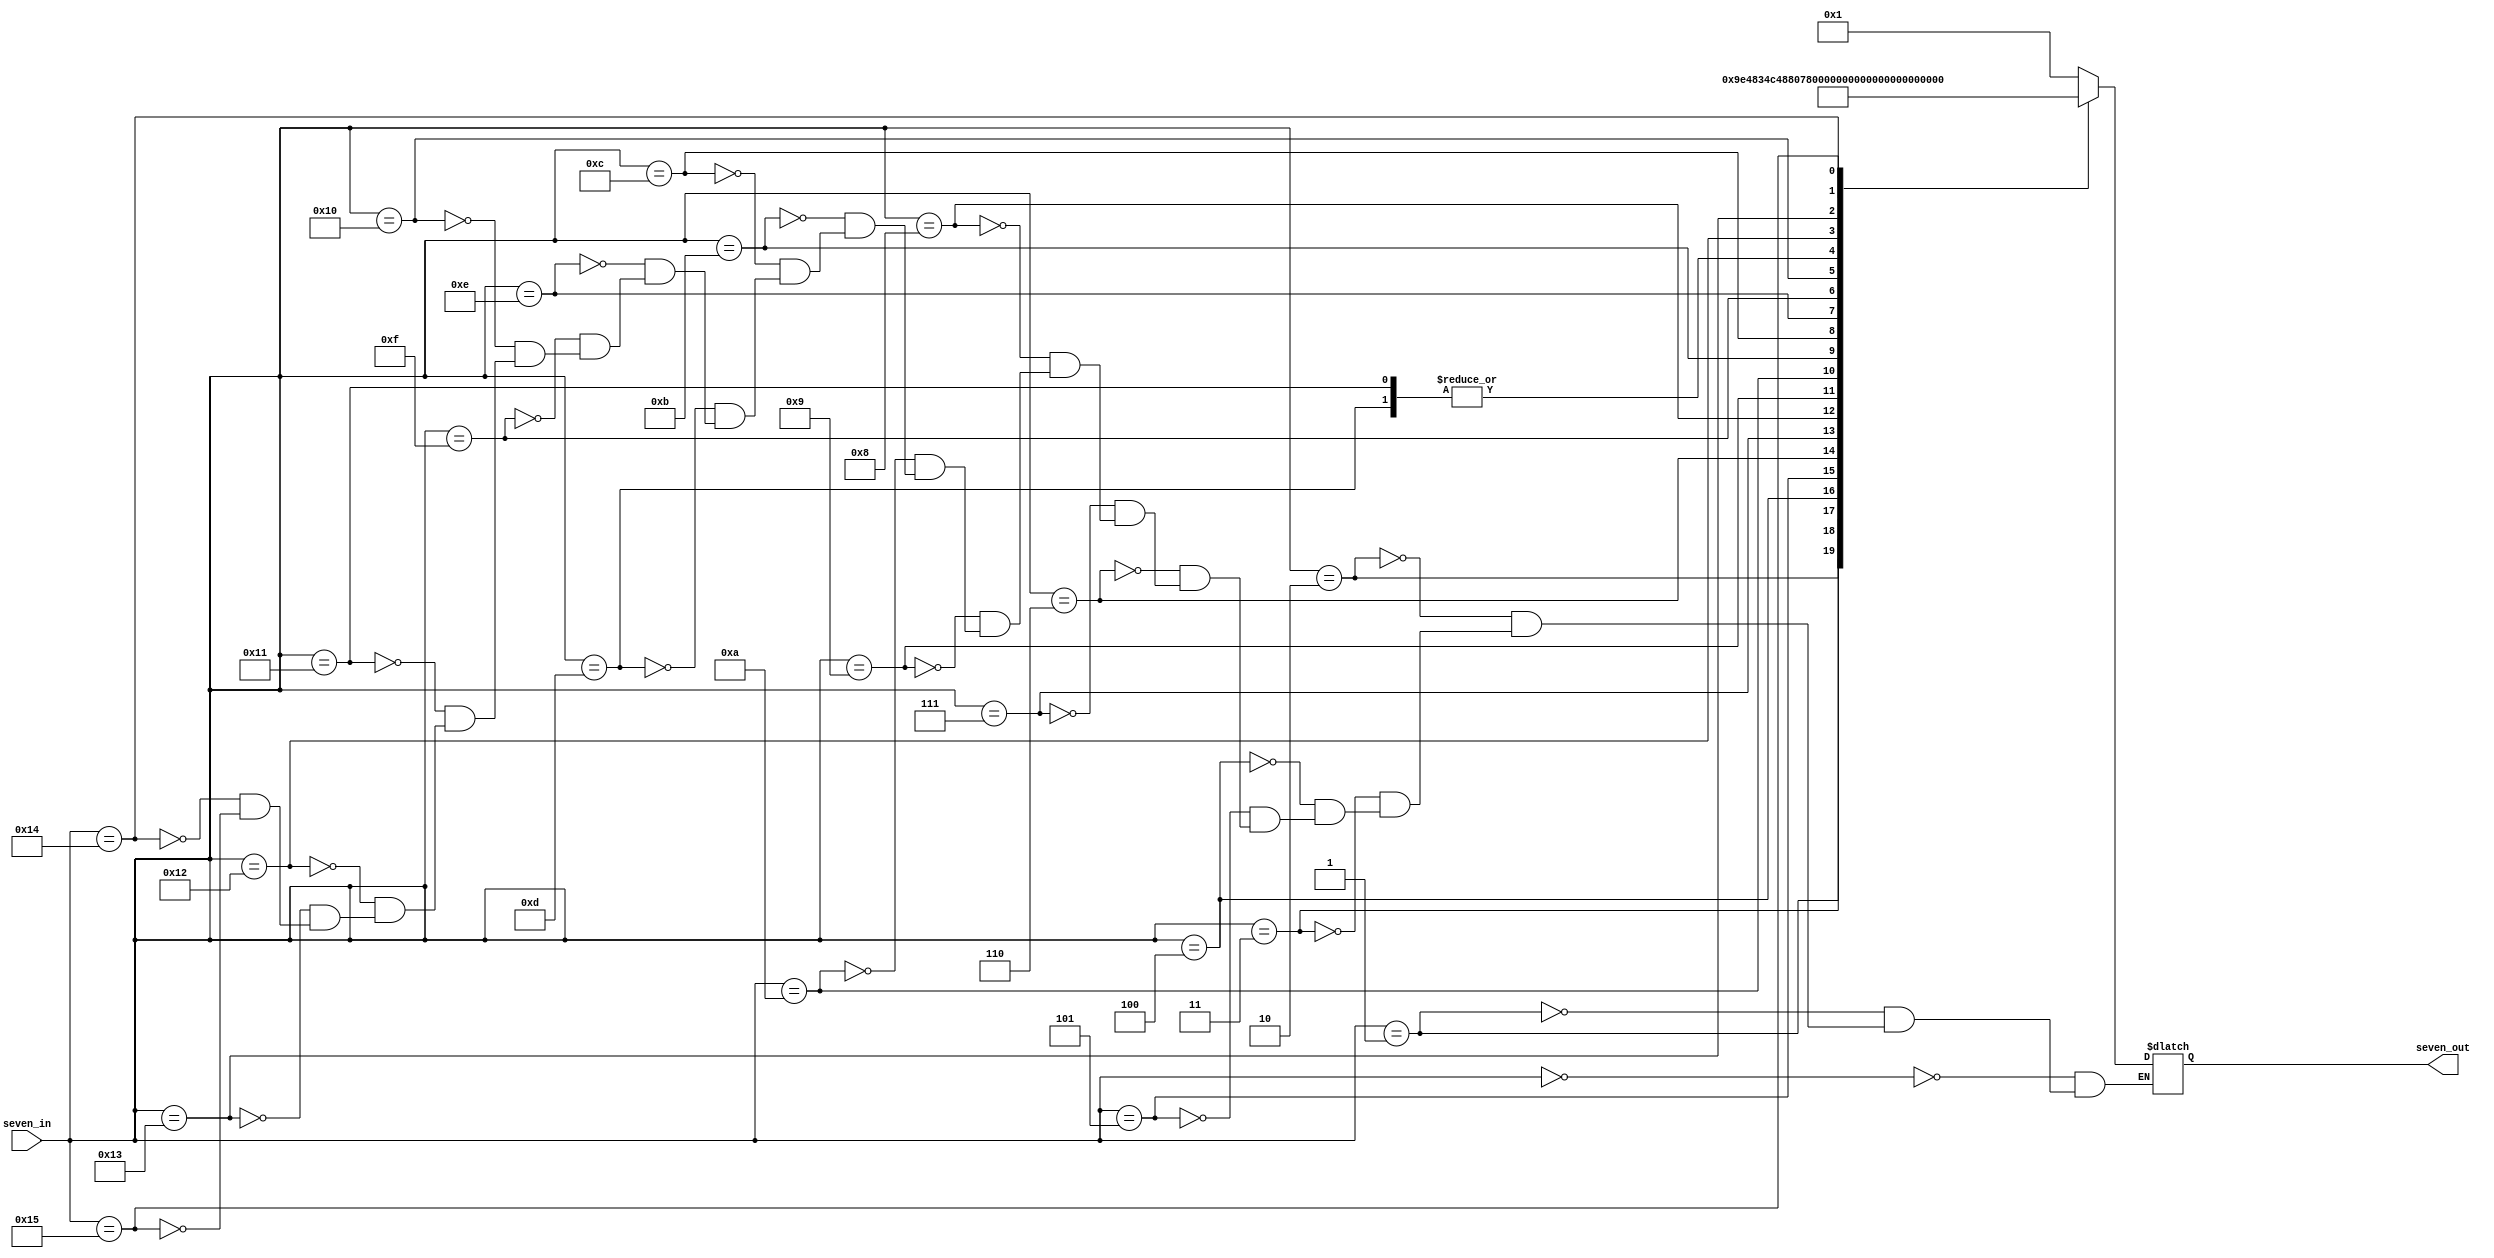
`timescale 1ns / 1ps
//////////////////////////////////////////////////////////////////////////////////
// Company: 
// Engineer: 
// 
// Design Name: 
// Module Name:    binary_to_segment 
// Project Name: 
// Target Devices: 
// Tool versions: 
// Description: 
//
// Dependencies: 
//
// Revision: 
// Revision 0.01 - File Created
// Additional Comments: 
//
//////////////////////////////////////////////////////////////////////////////////
module binaryToSegment( seven_in, seven_out);

input [4:0] seven_in;
output [6:0] seven_out ;
reg [6:0] temp;

always @ (seven_in)
	begin
		case (seven_in)
			5'b00000: temp = 7'b0000001; // "0/O"     
			5'b00001: temp = 7'b1001111; // "1" 
			5'b00010: temp = 7'b0010010; // "2" 
			5'b00011: temp = 7'b0000110; // "3" 
			5'b00100: temp = 7'b1001100; // "4" 
			5'b00101: temp = 7'b0100100; // "5" 
			5'b00110: temp = 7'b0100000; // "6" 
			5'b00111: temp = 7'b0001111; // "7" 
			5'b01000: temp = 7'b0000000; // "8"     
			5'b01001: temp = 7'b0000100; // "9" 
			5'b01010: temp = 7'b0001000; // "A" 
			5'b01011: temp = 7'b1100000; // "B" 
			5'b01100: temp = 7'b0110001; // "C" 
			5'b01101: temp = 7'b1000010; // "D" 
			5'b01110: temp = 7'b0110000; // "E" 
			5'b01111: temp = 7'b0111000; // "F" 
			5'b10000: temp = 7'b1110001; // "L"
			5'b10001: temp = 7'b1000010; // "d"
			5'b10010: temp = 7'b0011000; // "P"
			5'b10011: temp = 7'b1101010; // "n"
			5'b10100: temp = 7'b1111110; // "-"
			5'b10101: temp = 7'B1111111; // "BLANK"
		endcase
	end
	
	assign seven_out = temp;
	
endmodule